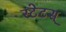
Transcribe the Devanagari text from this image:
स्टेटस्